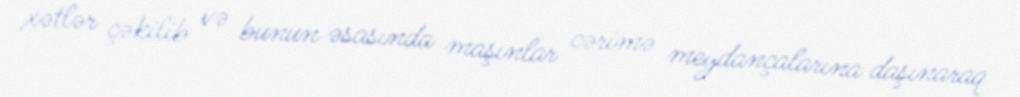
xətlər çəkilib və bunun əsasında maşınlar cərimə meydançalarına daşınaraq